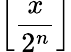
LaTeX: \left\lfloor{\frac{x}{2^{n}}}\right\rfloor